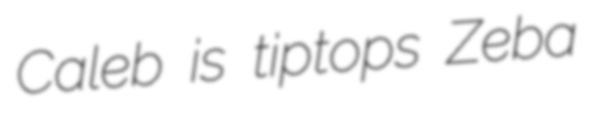
Caleb is tiptops Zeba